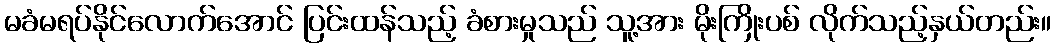
မခံမရပ်နိုင်လောက်အောင် ပြင်းထန်သည့် ခံစားမှုသည် သူ့အား မိုးကြိုးပစ် လိုက်သည့်နှယ်တည်း။